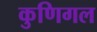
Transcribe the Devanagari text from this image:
कुणिगल